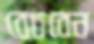
বেচবেন